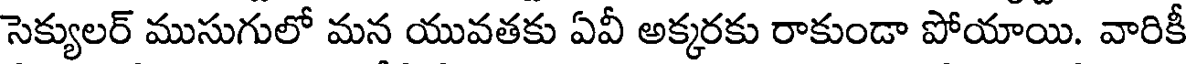
సెక్యులర్ ముసుగులో మన యువతకు ఏవీ అక్కరకు రాకుండా పోయాయి. వారికీ